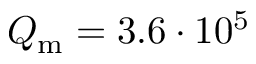
Q _ { \mathrm { m } } = 3 . 6 \cdot 1 0 ^ { 5 }